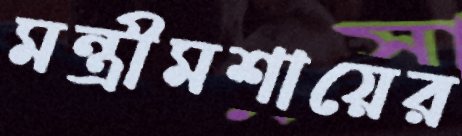
মন্ত্রীমশায়ের